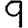
Digit: 9